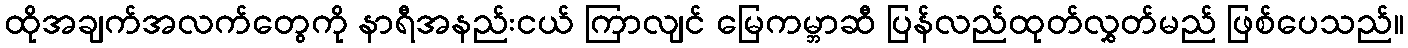
ထိုအချက်အလက်တွေကို နာရီအနည်းငယ် ကြာလျင် မြေကမ္ဘာဆီ ပြန်လည်ထုတ်လွှတ်မည် ဖြစ်ပေသည်။